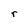
Character: r